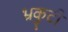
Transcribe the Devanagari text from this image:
भ्रकुटी